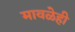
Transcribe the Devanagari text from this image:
मावळेही